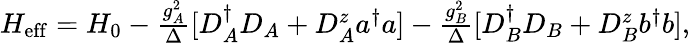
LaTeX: \begin{array}{r}{H_{\mathrm{eff}}=H_{0}-\frac{g_{A}^{2}}{\Delta}[D_{A}^{\dagger}D_{A}+D_{A}^{z}a^{\dagger}a]-\frac{g_{B}^{2}}{\Delta}[D_{B}^{\dagger}D_{B}+D_{B}^{z}b^{\dagger}b],}\end{array}